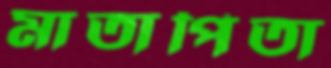
মাতাপিতা